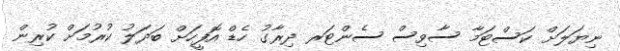
ނިޔަލަށް ކަސްޓަމާ ސާވިސް ސެންޓަރ ދިރާގު ހެޑް އޮފީހަށް ބަދަލު ކުރުމަށް ކުރިން